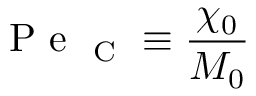
\mathrm { ~ P ~ e ~ } _ { \mathrm { ~ C ~ } } \equiv \frac { \chi _ { 0 } } { M _ { 0 } }